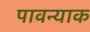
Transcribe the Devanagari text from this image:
पावन्याक